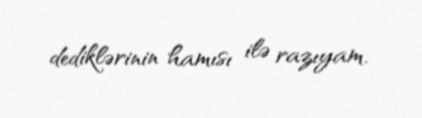
dediklərinin hamısı ilə razıyam.